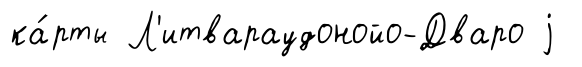
ка́рты Л'итвараудонойо-Дваро j